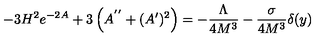
- 3 H ^ { 2 } e ^ { - 2 A } + 3 \left( A ^ { ' ^ { \prime } } + ( A ^ { \prime } ) ^ { 2 } \right) = - \frac { \Lambda } { 4 M ^ { 3 } } - \frac { \sigma } { 4 M ^ { 3 } } \delta ( y )